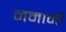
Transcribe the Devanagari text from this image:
नमामी